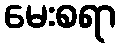
မေးစရာ